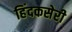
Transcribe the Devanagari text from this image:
हिंदकसेरी